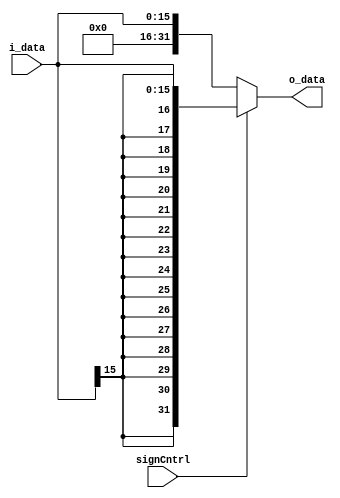
module signExtend(i_data, o_data, signCntrl);
input   [15:0]  i_data;
output  [31:0]  o_data;
input signCntrl;
	
	assign o_data =  !signCntrl ? {{16{0}}, i_data} : {{16{i_data[15]}}, i_data};
endmodule